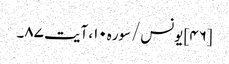
[۴۶] یونس/سوره۱۰، آیت ۸۷۔